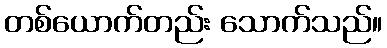
တစ်ယောက်တည်း သောက်သည်။